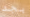
بجد